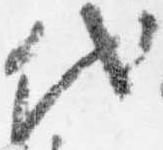
代